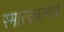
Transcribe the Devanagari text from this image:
स्मारकात्मक